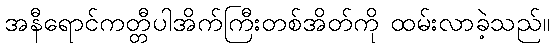
အနီရောင်ကတ္တီပါအိက်ကြီးတစ်အိတ်ကို ထမ်းလာခဲ့သည်။